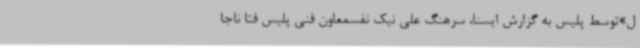
ل»توسط پلیس به گزارش ایسنا، سرهنگ علی نیک نفسمعاون فنی پلیس فتا ناجا